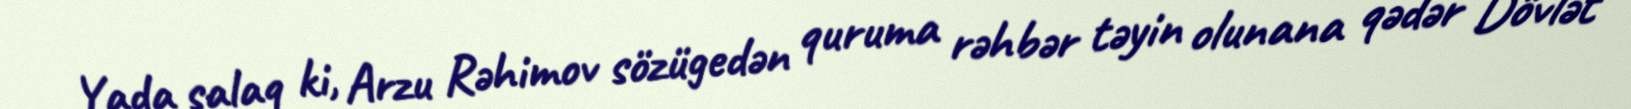
Yada salaq ki, Arzu Rəhimov sözügedən quruma rəhbər təyin olunana qədər Dövlət